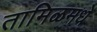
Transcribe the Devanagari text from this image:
तामिळमधे